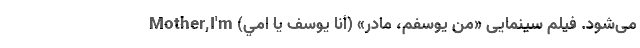
می‌شود. فيلم سينمایی «من يوسفم، مادر» (أنا يوسف يا اُمي) Mother,I'm